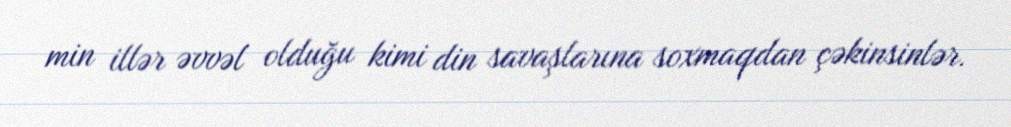
min illər əvvəl olduğu kimi din savaşlarına soxmaqdan çəkinsinlər.